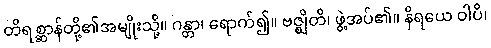
တိရစ္ဆာန်တို့၏အမျိုးသို့။ ဂန္တာ၊ ရောက်၍။ ဗဇ္ဈိတိ၊ ဖွဲ့အပ်၏။ နိရယေ ဝါပိ၊